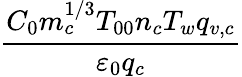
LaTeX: \frac{C_{0}m_{c}^{1/3}T_{00}n_{c}T_{w}q_{v,c}}{{\varepsilon}_{0}q_{c}}